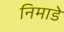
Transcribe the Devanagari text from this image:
निमाडे